Sanitation, dispensaries and jails vaccination Rajputana 1922-1927 - 1922-1927
Year: 1922
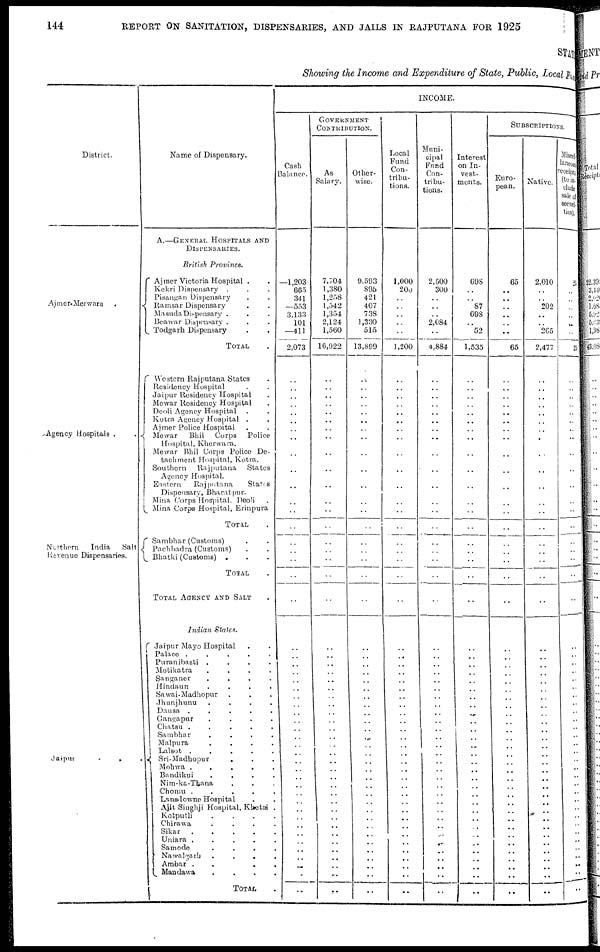
144
REPORT ON SANITATION, DISPENSARIES, AND JAILS IN RAJPUTANA FOR 1925
STATE
Showing the Income and Expenditure of State, Public, Local Fund
District.
Ajmer-Merwara .
Agency Hospitals .
.
Northern
India
Salt
Revenue Dispensaries.
Jaipur
.
.
.
Name of Dispensary.
A.—GENERAL HOSPITALS AND
DISPENSARIES.
British Province.
Ajmer Victoria Hospital . .
Kekri Dispensary . . .
Pisangan Dispensary . .
Ramsar Dispensary . .
Masuda Dispensary . . .
Beawar Dispensary . . .
Todgarh Dispensary . .
TOTAL .
Western Rajputana States .
Residency Hospital . .
Jaipur Residency Hospital .
Mewar Residency Hospital .
Deoli Agency Hospital . .
Kotra Agency Hospital . .
Ajmer Police Hospital . .
Mewar
Bhil Corps
Police
Hospital, Kherwara.
Mewar Bhil Corps Police De-
tachment Hospital, Kotra.
Southern
Rajputana
States
Agency Hospital.
Eastern
Rajputana
States
Dispensary, Bharatpur.
Mina Corps Hospital, Deoli .
Mina Corps Hospital, Erinpura
TOTAL .
Sambhar (Customs) . .
Pachbadra (Customs) . .
Bhatki (Customs) . . .
TOTAL .
TOTAL AGENCY AND SALT
Indian States.
Jaipur Mayo Hospital . .
Palace .
.
.
.
.
Puranibasti .
.
.
.
Motikatra
.
.
.
.
Sanganer
.
.
.
.
Hindaun
.
.
.
.
Sawai-Madhopur . . .
Jhunjhunu
.
.
.
.
Dausa .
.
.
.
.
Gangapur
.
.
.
.
Chatsu .
.
.
.
.
Sambhar
.
.
.
.
Malpura
.
.
.
.
Lalsot .
.
.
.
.
Sri-Madhopur . . .
Mohwa .
.
.
.
.
Bandikui
.
.
.
.
Nim-ka-Thana . . .
Chomu .
.
.
.
.
Lansdowne Hospital . .
Ajit Singhji Hospital, Khetri .
Kotputli
.
.
.
.
Chirawa
.
.
.
.
Sikar
.
.
.
.
.
Uniara .
.
.
.
.
Samode
.
.
.
.
Nawalgarh
. . . .
Ambar .
.
.
.
.
Mandawa
.
.
.
.
TOTAL .
INCOME.
Cash
Balance.
—1,203
665
341
—553
3,133
101
—411
2,073
..
..
..
..
..
..
..
..
..
..
..
..
..
..
..
..
..
..
..
..
..
..
..
..
..
..
..
..
..
..
..
..
..
..
..
..
..
..
..
..
..
..
..
..
..
..
..
..
..
..
GOVERNMENT
CONTRIBUTION.
As
Salary.
7,704
1,380
1,258
1,542
1,354
2,124
1,560
16,922
..
..
..
..
..
..
..
..
..
..
..
..
..
..
..
..
..
..
..
..
..
..
..
..
..
..
..
..
..
..
..
..
..
..
..
..
..
..
..
..
..
..
..
..
..
..
..
..
..
..
Other-
wise.
9,593
895
421
407
738
1,330
515
13,899
..
..
..
..
..
..
..
..
..
..
..
..
..
..
..
..
..
..
..
..
..
..
..
..
..
..
..
..
..
..
..
..
..
..
..
..
..
..
..
..
..
..
..
..
..
..
..
..
..
..
Local
Fund
Con-
tribu-
tions.
1,000
200
..
..
..
..
..
1,200
..
..
..
..
..
..
..
..
..
..
..
..
..
..
..
..
..
..
..
..
..
..
..
..
..
..
..
..
..
..
..
..
..
..
..
..
..
..
..
..
..
..
..
..
..
..
..
..
..
..
Muni-
cipal
Fund
Con-
tribu-
tions.
2,500
300
..
..
..
2,084
..
4,884
..
..
..
..
..
..
..
..
..
..
..
..
..
..
..
..
..
..
..
..
..
..
..
..
..
..
..
..
..
..
..
..
..
..
..
..
..
..
..
..
..
..
..
..
..
..
..
..
..
..
Interest
on In-
vest-
ments.
698
..
..
..
698
..
52
1,535
..
..
..
..
..
..
..
..
..
..
..
..
..
..
..
..
..
..
..
..
..
..
..
..
..
..
..
..
..
..
..
..
..
..
..
..
..
..
..
..
..
..
..
..
..
..
..
..
..
..
SUBSCRIPTIONS.
Euro-
pean.
65
..
..
..
..
..
..
65
..
..
..
..
..
..
..
..
..
..
..
..
..
..
..
..
..
..
..
..
..
..
..
..
..
..
..
..
..
..
..
..
..
..
..
..
..
..
..
..
..
..
..
..
..
..
..
..
..
..
Native.
2,010
..
..
202
..
..
265
2,477
..
..
..
..
..
..
..
..
..
..
..
..
..
..
..
..
..
..
..
..
..
..
..
..
..
..
..
..
..
..
..
..
..
..
..
..
..
..
..
..
..
..
..
..
..
..
..
..
..
..
Miscel-
laneous
receipts
(to in-
clude
sale of
securi-
ties).
25
..
..
..
..
..
..
25
..
..
..
..
..
..
..
..
..
..
..
..
..
..
..
..
..
..
..
..
..
..
..
..
..
..
..
..
..
..
..
..
..
..
..
..
..
..
..
..
..
..
..
..
..
..
..
..
..
..